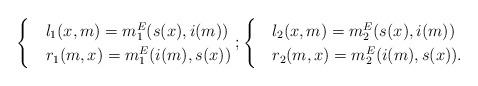
LaTeX: \begin{align*}\begin{cases}&l_1(x, m) = m^E_1 (s(x), i(m))\\&r_1(m,x)= m^E_1 ( i(m), s(x))\end{cases};\begin{cases}&l_2(x, m) = m^E_2 (s(x), i(m))\\&r_2(m,x)= m^E_2 ( i(m), s(x)).\end{cases}\end{align*}